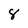
Character: 8